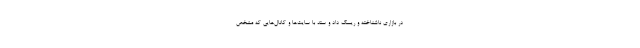
در بازاری ناشناخته و ریسک داد و ستد با سایت‌ها و کانال‌هایی که مشخص